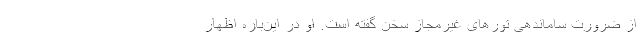
از ضرورت ساماندهی تورهای غیرمجاز سخن گفته است‌. او در این‌باره اظهار